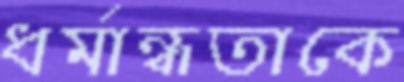
ধর্মান্ধতাকে